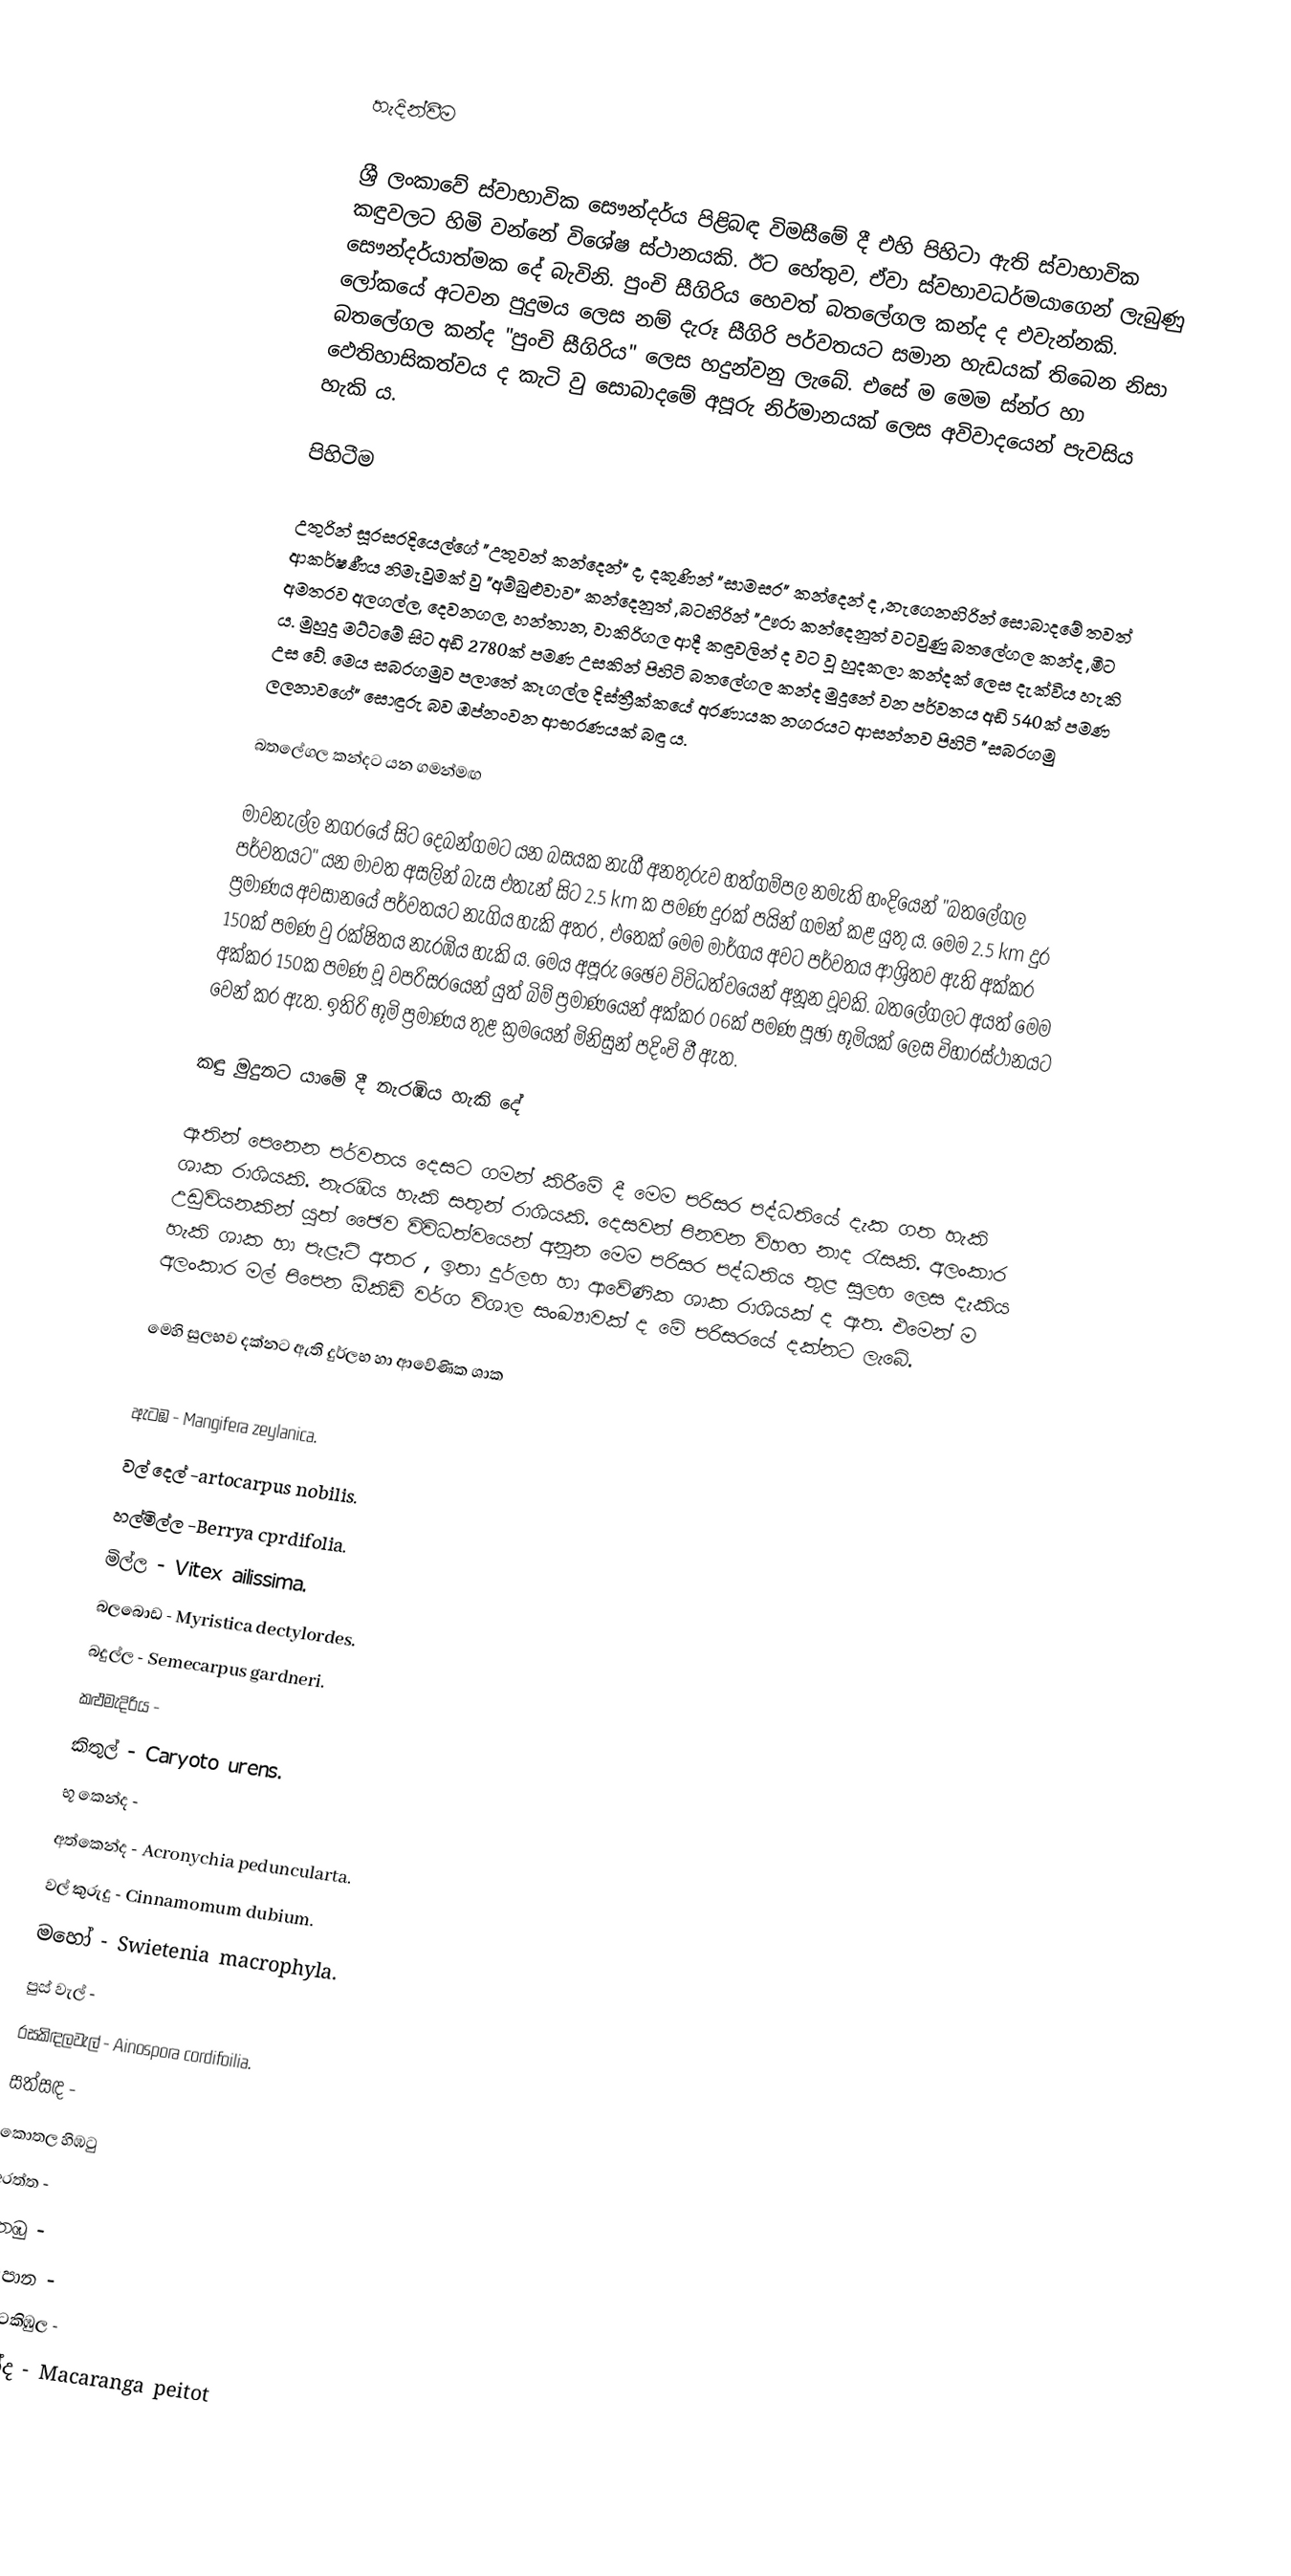

හැදින්වීම

ශ්‍රී ලංකාවේ ස්වාභාවික සෞන්දර්ය පිළිබඳ විමසීමේ දී එහි පිහිටා ඇති ස්වාභාවික කඳුවලට හිමි වන්නේ විශේෂ ස්ථානයකි. ඊට හේතුව, ඒවා ස්වභාවධර්මයාගෙන් ලැබුණු සෞන්දර්යාත්මක දේ බැවිනි. පුංචි සීගිරිය හෙවත් බතලේගල කන්ද ද එවැන්නකි. ලෝකයේ අටවන පුදුමය ලෙස නම් දැරූ සීගිරි පර්වතයට සමාන හැඩයක් තිබෙන නිසා බතලේගල කන්ද "පුංචි සීගිරිය" ලෙස හදුන්වනු ලැබේ. එසේ ම මෙම ස්න්ර හා ඵෙතිහාසිකත්වය ද කැටි වු සොබාදමේ අපූරු නිර්මානයක් ලෙස අවිවාදයෙන් පැවසිය හැකි ය.

පිහිටීම

උතුරින් සූරසරදියෙල්ගේ "උතුවන් කන්දෙන්" ද, දකුණින් "සාමසර" කන්දෙන් ද ,නැගෙනහිරින් සොබාදමේ තවත් ආකර්ෂණීය නිමැවුමක් වු "අම්බුළුවාව" කන්දෙනුත් ,බටහිරින් "ඌරා කන්දෙනුත් වටවුණු බතලේගල කන්ද ,මීට අමතරව අලගල්ල, දෙවනගල, හන්තාන, වාකිරිගල ආදී කඳුවලින් ද වට වූ හුදකලා කන්දක් ලෙස දැක්විය හැකි ය. මුහුදු මට්ටමේ සිට අඩි 2780ක් පමණ උසකින් පිහිටි බතලේගල කන්ද මුදුනේ වන පර්වතය අඩි 540ක් පමණ උස වේ. මෙය සබරගමුව පලාතේ කෑගල්ල දිස්ත්‍රීක්කයේ අරණායක නගරයට ආසන්නව පිහිටි "සබරගමු ලලනාවගේ" සොඳුරු බව ඔප්නංවන ආභරණයක් බඳු ය.

බතලේගල කන්දට යන ගමන්මඟ

මාවනැල්ල නගරයේ සිට දෙබන්ගමට යන බසයක නැගී අනතුරුව හත්ගම්පල නමැති හංදියෙන් "බතලේගල පර්වතයට" යන මාවත අසලින් බැස එතැන් සිට 2.5 km ක පමණ දුරක් පයින් ගමන් කළ යුතු ය. මෙම 2.5 km දුර ප්‍රමාණය අවසානයේ පර්වතයට නැගිය හැකි අතර , එතෙක් මෙම මාර්ගය අවට පර්වතය ආශ්‍රිතව ඇති අක්කර 150ක් පමණ වු රක්ෂිතය නැරඹිය හැකි ය. මෙය අපූරු ඡෛව විවිධත්වයෙන් අනූන වූවකි. බතලේගලට අයත් මෙම අක්කර 150ක පමණ වූ වපරිසරයෙන් යුත් බිම් ප්‍රමාණයෙන් අක්කර 06ක් පමණ පූඡා භූමියක් ලෙස විහාරස්ථානයට වෙන් කර ඇත. ඉතිරි භූමි ප්‍රමාණය තුළ ක්‍රමයෙන් මිනිසුන් පදිංචි වී ඇත.

කඳු මුදුනට යාමේ දී නැරඹිය හැකි දේ

ඈතින් පෙනෙන පර්වතය දෙසට ගමන් කිරීමේ දී මෙම පරිසර පද්ධතියේ දැක ගත හැකි ශාක රාශියකි. නැරඹිය හැකි සතුන් රාශියකි. දෙසවන් පිනවන විහඟ නාද රැසකි. අලංකාර උඩුවියනකින් යුත් ඡෛව විවිධත්වයෙන් අනූන මෙම පරිසර පද්ධතිය තුළ සුලභ ලෙස දැකිය හැකි ශාක හා පැළෑටි අතර , ඉතා දුර්ලභ හා ආවේණික ශාක රාශියක් ද ඇත. එමෙන් ම අලංකාර මල් පිපෙන ඕකිඩි වර්ග විශාල සංඛ්‍යාවක් ද මේ පරිසරයේ දක්නට ලැබේ.

මෙහි සුලභව දක්නට ඇති දුර්ලභ හා ආවේණික ශාක

ඇටඹ  - Mangifera zeylanica.
වල් දෙල් -artocarpus nobilis.
හල්මිල්ල -Berrya cprdifolia.
මිල්ල - Vitex ailissima.
බලබොඩ - Myristica dectylordes.
බදුල්ල - Semecarpus gardneri.
කළුමැදිරිය -
කිතුල් - Caryoto urens.
භූ කෙන්ද -
අත්කෙන්ද - Acronychia peduncularta.
වල් කුරුදු - Cinnamomum dubium.
මහෝ - Swietenia macrophyla.
පුස් වැල් -
රසකිඳලවැල් - Ainospora cordifoilia.
සත්සඳ -
කොතල හිඹටු
අරත්ත -
තෙඹු -
ගඳපාන -
කොටකිඹුල -
කැන්ද - Macaranga peitot